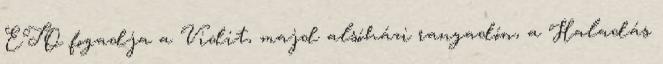
ETO fogadja a Vidit, majd alsóházi rangadón, a Haladás